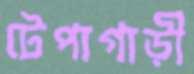
টেপাগাড়ী